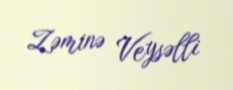
Zəminə Veysəlli